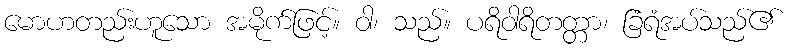
မောဟတည်းဟူသော အမိုက်ဖြင့်။ ဝါ၊ သည်။ ပရိဝါရိတတ္တာ၊ ခြံရံအပ်သည်၏